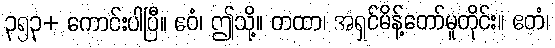
၃၅၃+ ကောင်းပါပြီ။ ဧဝံ၊ ဤသို့။ တထာ၊ အရှင်မိန့်တော်မူတိုင်း။ ဧတံ၊